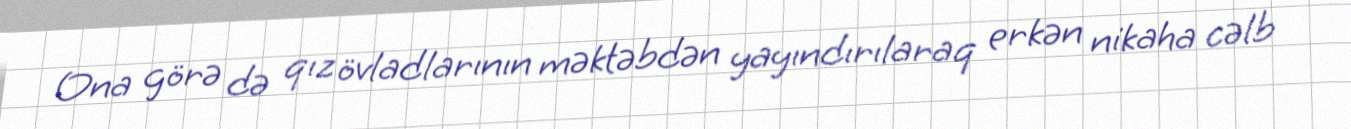
Ona görə də qız övladlarının məktəbdən yayındırılaraq erkən nikaha cəlb